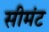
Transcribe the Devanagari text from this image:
सीमंट